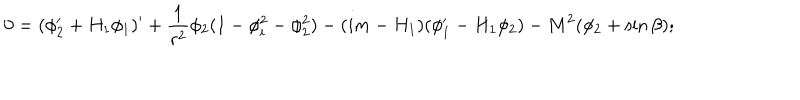
0 = ( \phi _ { 2 } ^ { \prime } + H _ { 1 } \phi _ { 1 } ) ^ { \prime } + \frac { 1 } { r ^ { 2 } } \phi _ { 2 } ( 1 - \phi _ { i } ^ { 2 } - \phi _ { 2 } ^ { 2 } ) - ( i m - H _ { 1 } ) ( \phi _ { 1 } ^ { \prime } - H _ { 1 } \phi _ { 2 } ) - M ^ { 2 } ( \phi _ { 2 } + \sin \beta ) ;